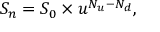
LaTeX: S _ { n } = S _ { 0 } \times u ^ { N _ { u } - N _ { d } } ,